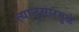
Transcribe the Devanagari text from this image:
त्यानुसारमुळे